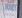
money